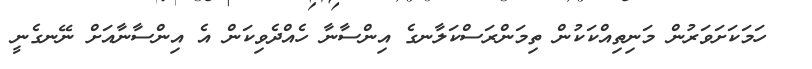
ހަމަކަށަވަރުން މަނިތިއްކަކުން ތިމަންރަސްކަލާނގެ އިންސާނާ ހެއްދެވިކަން އެ އިންސާނާއަށް ނޭނގެނީ